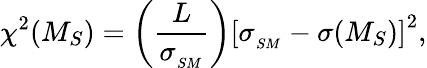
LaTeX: \chi^{2}(M_{S})=\left(\frac{L}{\sigma_{_{SM}}}\right)\left[\sigma_{_{SM}}-\sigma(M_{S})\right]^{2},